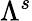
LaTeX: \Lambda^{s}